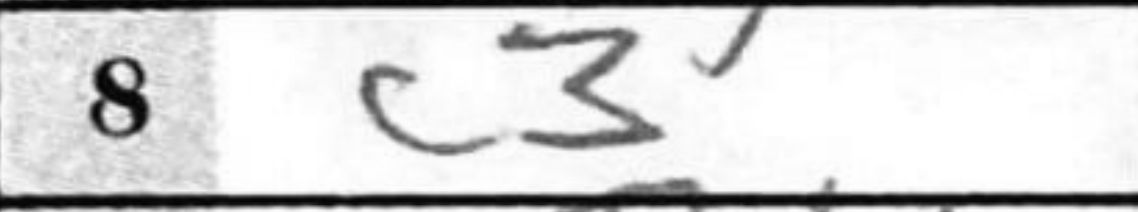
Transcription: c3